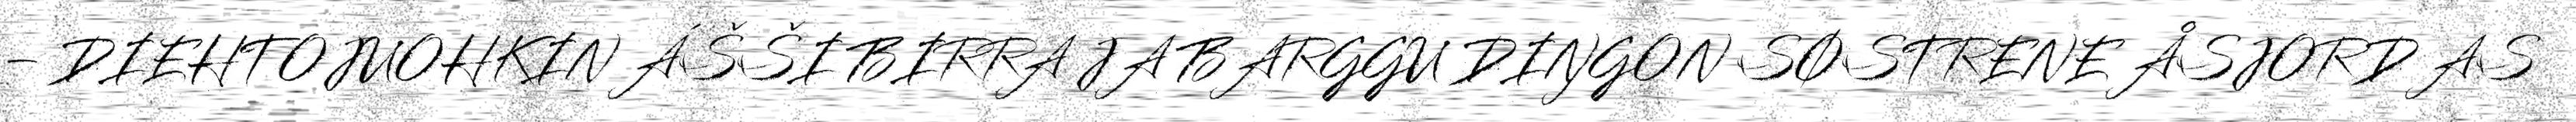
– DIEHTOJUOHKIN ÁŠŠI BIRRA JA BARGGU DIŊGON SØSTRENE ÅSJORD AS